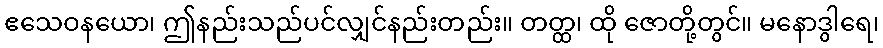
ဧသေဝနယော၊ ဤနည်းသည်ပင်လျှင်နည်းတည်း။ တတ္ထ၊ ထို ဇောတို့တွင်။ မနောဒွါရေ၊